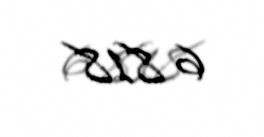
6 818